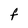
Character: f